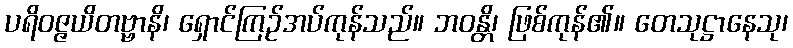
ပရိဝဇ္ဇယိတဗ္ဗာနိ၊ ရှောင်ကြဉ်အပ်ကုန်သည်။ ဘဝန္တိ၊ ဖြစ်ကုန်၏။ တေသုဋ္ဌာနေသု၊